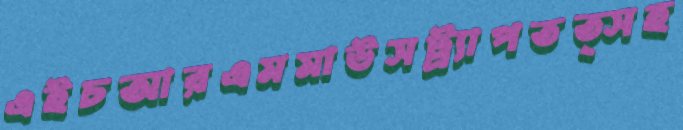
এইচআরএমমাউসট্র্যাপতত্সহ